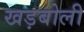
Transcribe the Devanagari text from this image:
खड़बोली